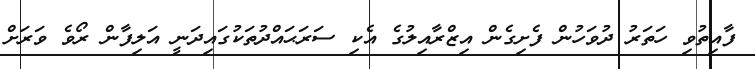
ފާއިތުވި ހަތަރު ދުވަހުން ފެށިގެން އިޒްރާއިލުގެ އެކި ސަރަޙައްދުތަކުގައިދަނީ އަލިފާން ރޯވެ ވަރަށް